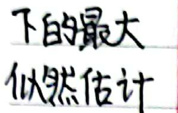
下的最大似然估计